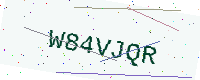
Text: W84VJQR